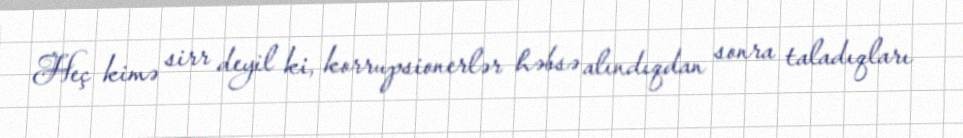
Heç kimə sirr deyil ki, korrupsionerlər həbsə alındıqdan sonra taladıqları